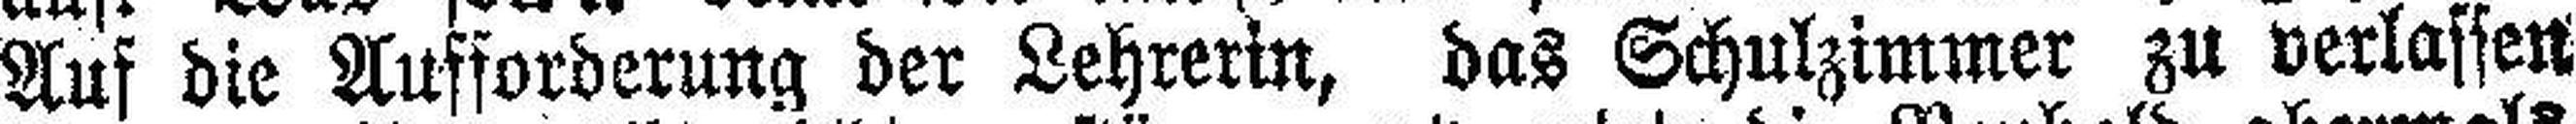
Auf die Aufforderung der Lehrerin, das Schulzimmer zu verlassen